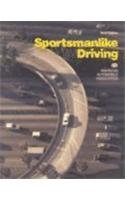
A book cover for Sportsmanlike Driving (Responsible Driving); AAA; Test Preparation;